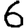
Digit: 6